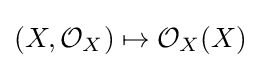
(X,{\mathcal {O}}_{X})\mapsto {\mathcal {O}}_{X}(X)